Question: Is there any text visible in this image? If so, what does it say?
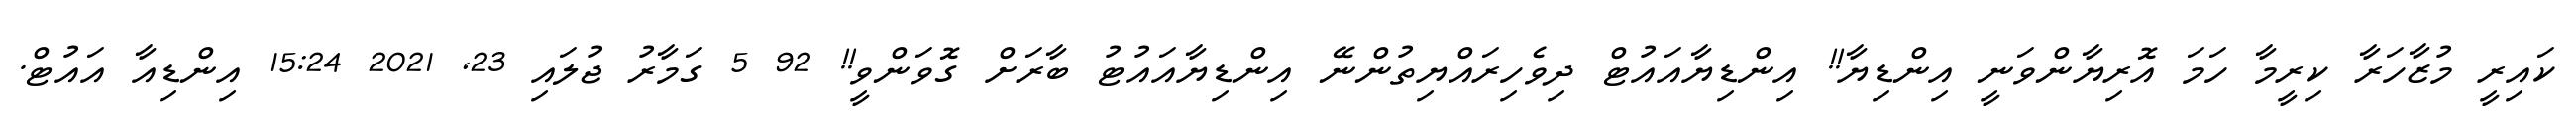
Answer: ކައިރީ މުޒާހަރާ ކިރީމާ ހަމަ އޮރިޔާންވަނީ އިންޑިޔާ!! އިންޑިޔާއައުޓް ދިވެހިރައްޔިތުންނޭ އިންޑިޔާއައުޓު ބާރަށް ގޮވަންވީ!! 92 5 ގަމާރު ޖުލައި 23, 2021 15:24 އިންޑިއާ އައުޓް.